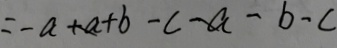
= - a + b - c - b - c